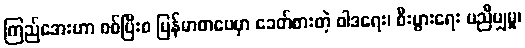
ကြည်အေးဟာ စစ်ပြီးစ မြန်မာစာပေမှာ ခေတ်စားတဲ့ ဝါဒရေး၊ စီးပွားရေး မညီမျှမှု၊